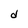
Character: d